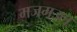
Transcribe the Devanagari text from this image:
मजमउल्